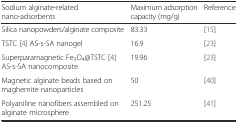
| Sodium alginate-related nano-adsorbents | Maximum adsorption capacity (mg/g) | Reference |
 | --- | --- | --- |
 | Silica nanopowders/alginate composite | 83.33 | [15] |
 | TSTC [4] AS-s-SA nanogel | 16.9 | [23] |
 | Superparamagnetic Fe3O4@TSTC [4] AS-s-SA nanocomposite | 19.96 | [23] |
 | Magnetic alginate beads based on maghemite nanoparticles | 50 | [40] |
 | Polyaniline nanofibers assembled on alginate microsphere | 251.25 | [41] |